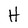
Character: H